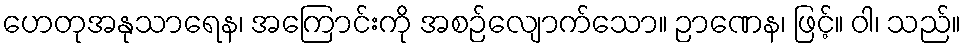
ဟေတုအနုသာရေန၊ အကြောင်းကို အစဉ်လျောက်သော။ ဉာဏေန၊ ဖြင့်။ ဝါ၊ သည်။